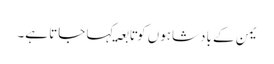
یمن کے بادشاہوں کو تَابِعَۃ کہا جاتا ہے۔